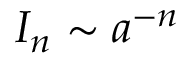
I _ { n } \sim a ^ { - n }